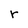
Character: r